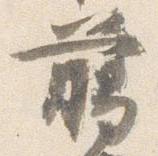
臈